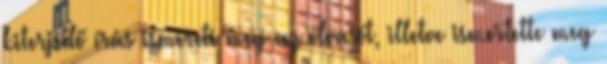
kiterjedő írás ismereti meg az olvasót, illetve ismertette meg